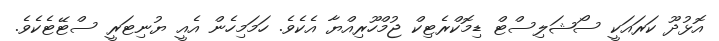
އޮޅުދޫ ކަރައަކީ ސޯޝަލިސްޓް ޑިމޮކްރެޓިކް ޖުމްހޫރިއްޔާ އެކެވެ. ހަމަމިހެން އެއީ ޔުނިޓަރީ ސްޓޭޓެކެވެ.